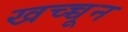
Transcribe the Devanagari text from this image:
खच्च्चून